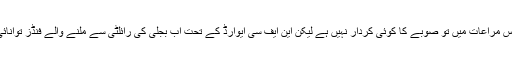
ان سے جب پوچھا کہ اس سلسلے میں صوبائی حکومت اب کیا کر سکتی ہے تو ان کا کہنا تھا کہ ٹیکس مراعات میں تو صوبے کا کوئی کردار نہیں ہے لیکن این ایف سی ایوارڈ کے تحت اب بجلی کی رائلٹی سے ملنے والے فنڈز توانائی کے منصوبوں میں خرچ کرنا ہوں گے کیونکہ اب نئے منصوبے صوبے کی اپنی ملکیت ہوں گے ۔